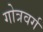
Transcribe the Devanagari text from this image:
गोत्रवर्ग